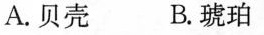
A.贝壳 B.琥珀4.研究化石有什么作用呢?用”____画出来。